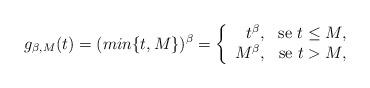
LaTeX: \begin{align*}g_{\beta,M}(t) = (min\{t,M \})^{\beta} =\left\{\begin{array}{rc}t^{\beta},&\mbox{se} \ t\leq M,\\M^{\beta}, &\mbox{se} \ t > M,\end{array}\right.\end{align*}